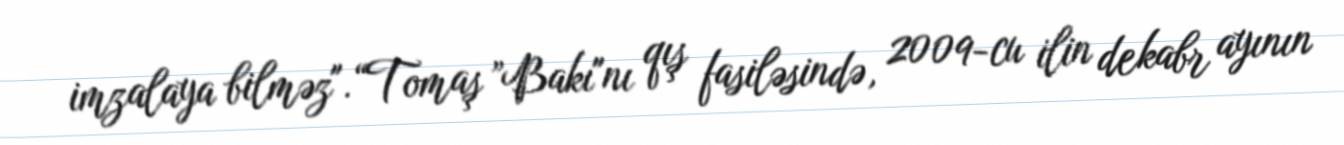
imzalaya bilməz".“Tomaş ”Bakı"nı qış fasiləsində, 2009-cu ilin dekabr ayının